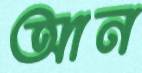
আন